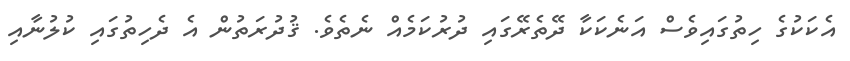
އެކަކުގެ ހިތުގައިވެސް އަނެކަކާ ދޭތެރޭގައި ދުރުކަމެއް ނެތެވެ. ޤުދުރަތުން އެ ދެހިތުގައި ކުލުނާއި